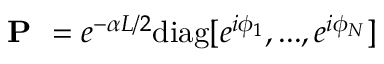
\textbf { P } = e ^ { - \alpha L / 2 } \mathrm { d i a g } [ e ^ { i \phi _ { 1 } } , . . . , e ^ { i \phi _ { N } } ]